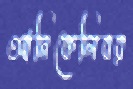
আনিকেলিবর